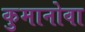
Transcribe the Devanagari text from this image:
कुमानोवा